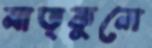
মাতৃকুলে